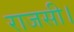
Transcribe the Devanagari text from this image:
राजसी।